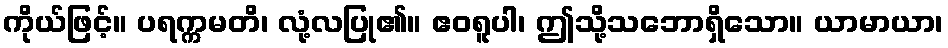
ကိုယ်ဖြင့်။ ပရက္ကမတိ၊ လုံ့လပြု၏။ ဧဝရူပါ၊ ဤသို့သဘောရှိသော။ ယာမာယာ၊